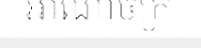
អាណាចក្រ